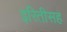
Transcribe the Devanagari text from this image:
इरितीसह